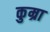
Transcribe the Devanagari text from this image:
कुम्रा